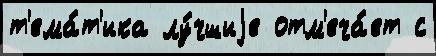
т'ема́т'ика лу́чшиjе отм'еча́ет с